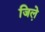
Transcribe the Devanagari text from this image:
जिले़